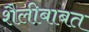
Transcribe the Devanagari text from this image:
शैलीबाबत